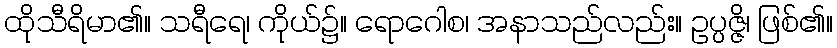
ထိုသီရိမာ၏။ သရီရေ၊ ကိုယ်၌။ ရောဂေါစ၊ အနာသည်လည်း။ ဥပ္ပဇ္ဇိ၊ ဖြစ်၏။